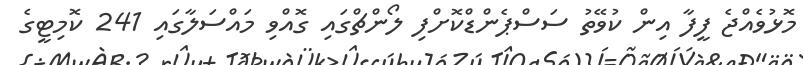
މޮޅުވެއްޖެ ފީފާ އިން ކުވޭތު ސަސްޕެންޑްކޮށްފި ލޯންޗްގައި ގޮއްވި މައްސަލާގައި 241 ކޮމިޓީގެ